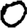
Digit: 0